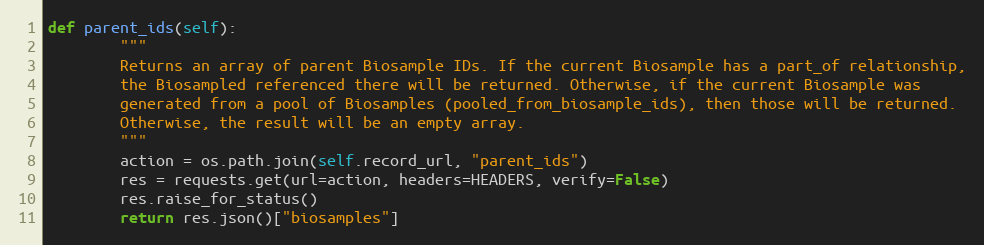
Language: Python
def parent_ids(self):
        """
        Returns an array of parent Biosample IDs. If the current Biosample has a part_of relationship,
        the Biosampled referenced there will be returned. Otherwise, if the current Biosample was
        generated from a pool of Biosamples (pooled_from_biosample_ids), then those will be returned.
        Otherwise, the result will be an empty array.
        """
        action = os.path.join(self.record_url, "parent_ids")
        res = requests.get(url=action, headers=HEADERS, verify=False)
        res.raise_for_status()
        return res.json()["biosamples"]